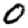
Digit: 0